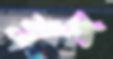
বুঁজ